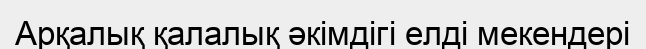
Арқалық қалалық әкімдігі елді мекендері